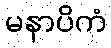
မနာပိကံ